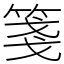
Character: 箋